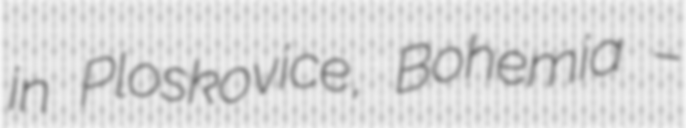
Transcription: in Ploskovice, Bohemia –